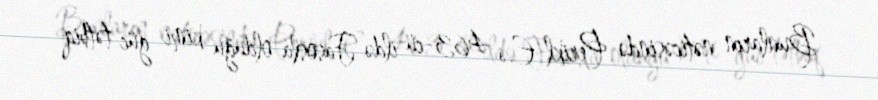
Bunların nəticəsində Perikl E.ə 463-cü ildə Fasosla olduğu kimi güc tətbiq